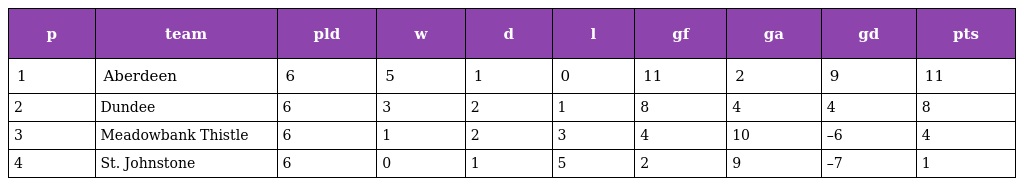
| p | team | pld | w | d | l | gf | ga | gd | pts |
 | --- | --- | --- | --- | --- | --- | --- | --- | --- | --- |
 | 1 | Aberdeen | 6 | 5 | 1 | 0 | 11 | 2 | 9 | 11 |
 | 2 | Dundee | 6 | 3 | 2 | 1 | 8 | 4 | 4 | 8 |
 | 3 | Meadowbank Thistle | 6 | 1 | 2 | 3 | 4 | 10 | –6 | 4 |
 | 4 | St. Johnstone | 6 | 0 | 1 | 5 | 2 | 9 | –7 | 1 |